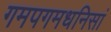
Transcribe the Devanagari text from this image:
गमपगमधनिसां